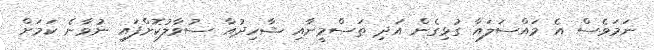
ނަމަވެސް އެ މައްސަލައާ ގުޅިގެން އަދި ތަސްމީނާއި ޝާހިދުއާ ސުވާލުކޮށްފައި ނުވާނެ ކަމަށް